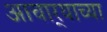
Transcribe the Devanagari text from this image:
आचार्‍याच्या